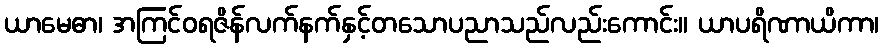
ယာမေဓာ၊ အကြင်ဝရဇိန်လက်နက်နှင့်တသောပညာသည်လည်းကောင်း။ ယာပရိဏာယိကာ၊